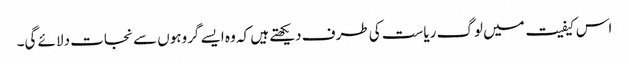
اس کیفیت میں لوگ ریاست کی طرف دیکھتے ہیں کہ وہ ایسے گروہوں سے نجات دلائے گی۔